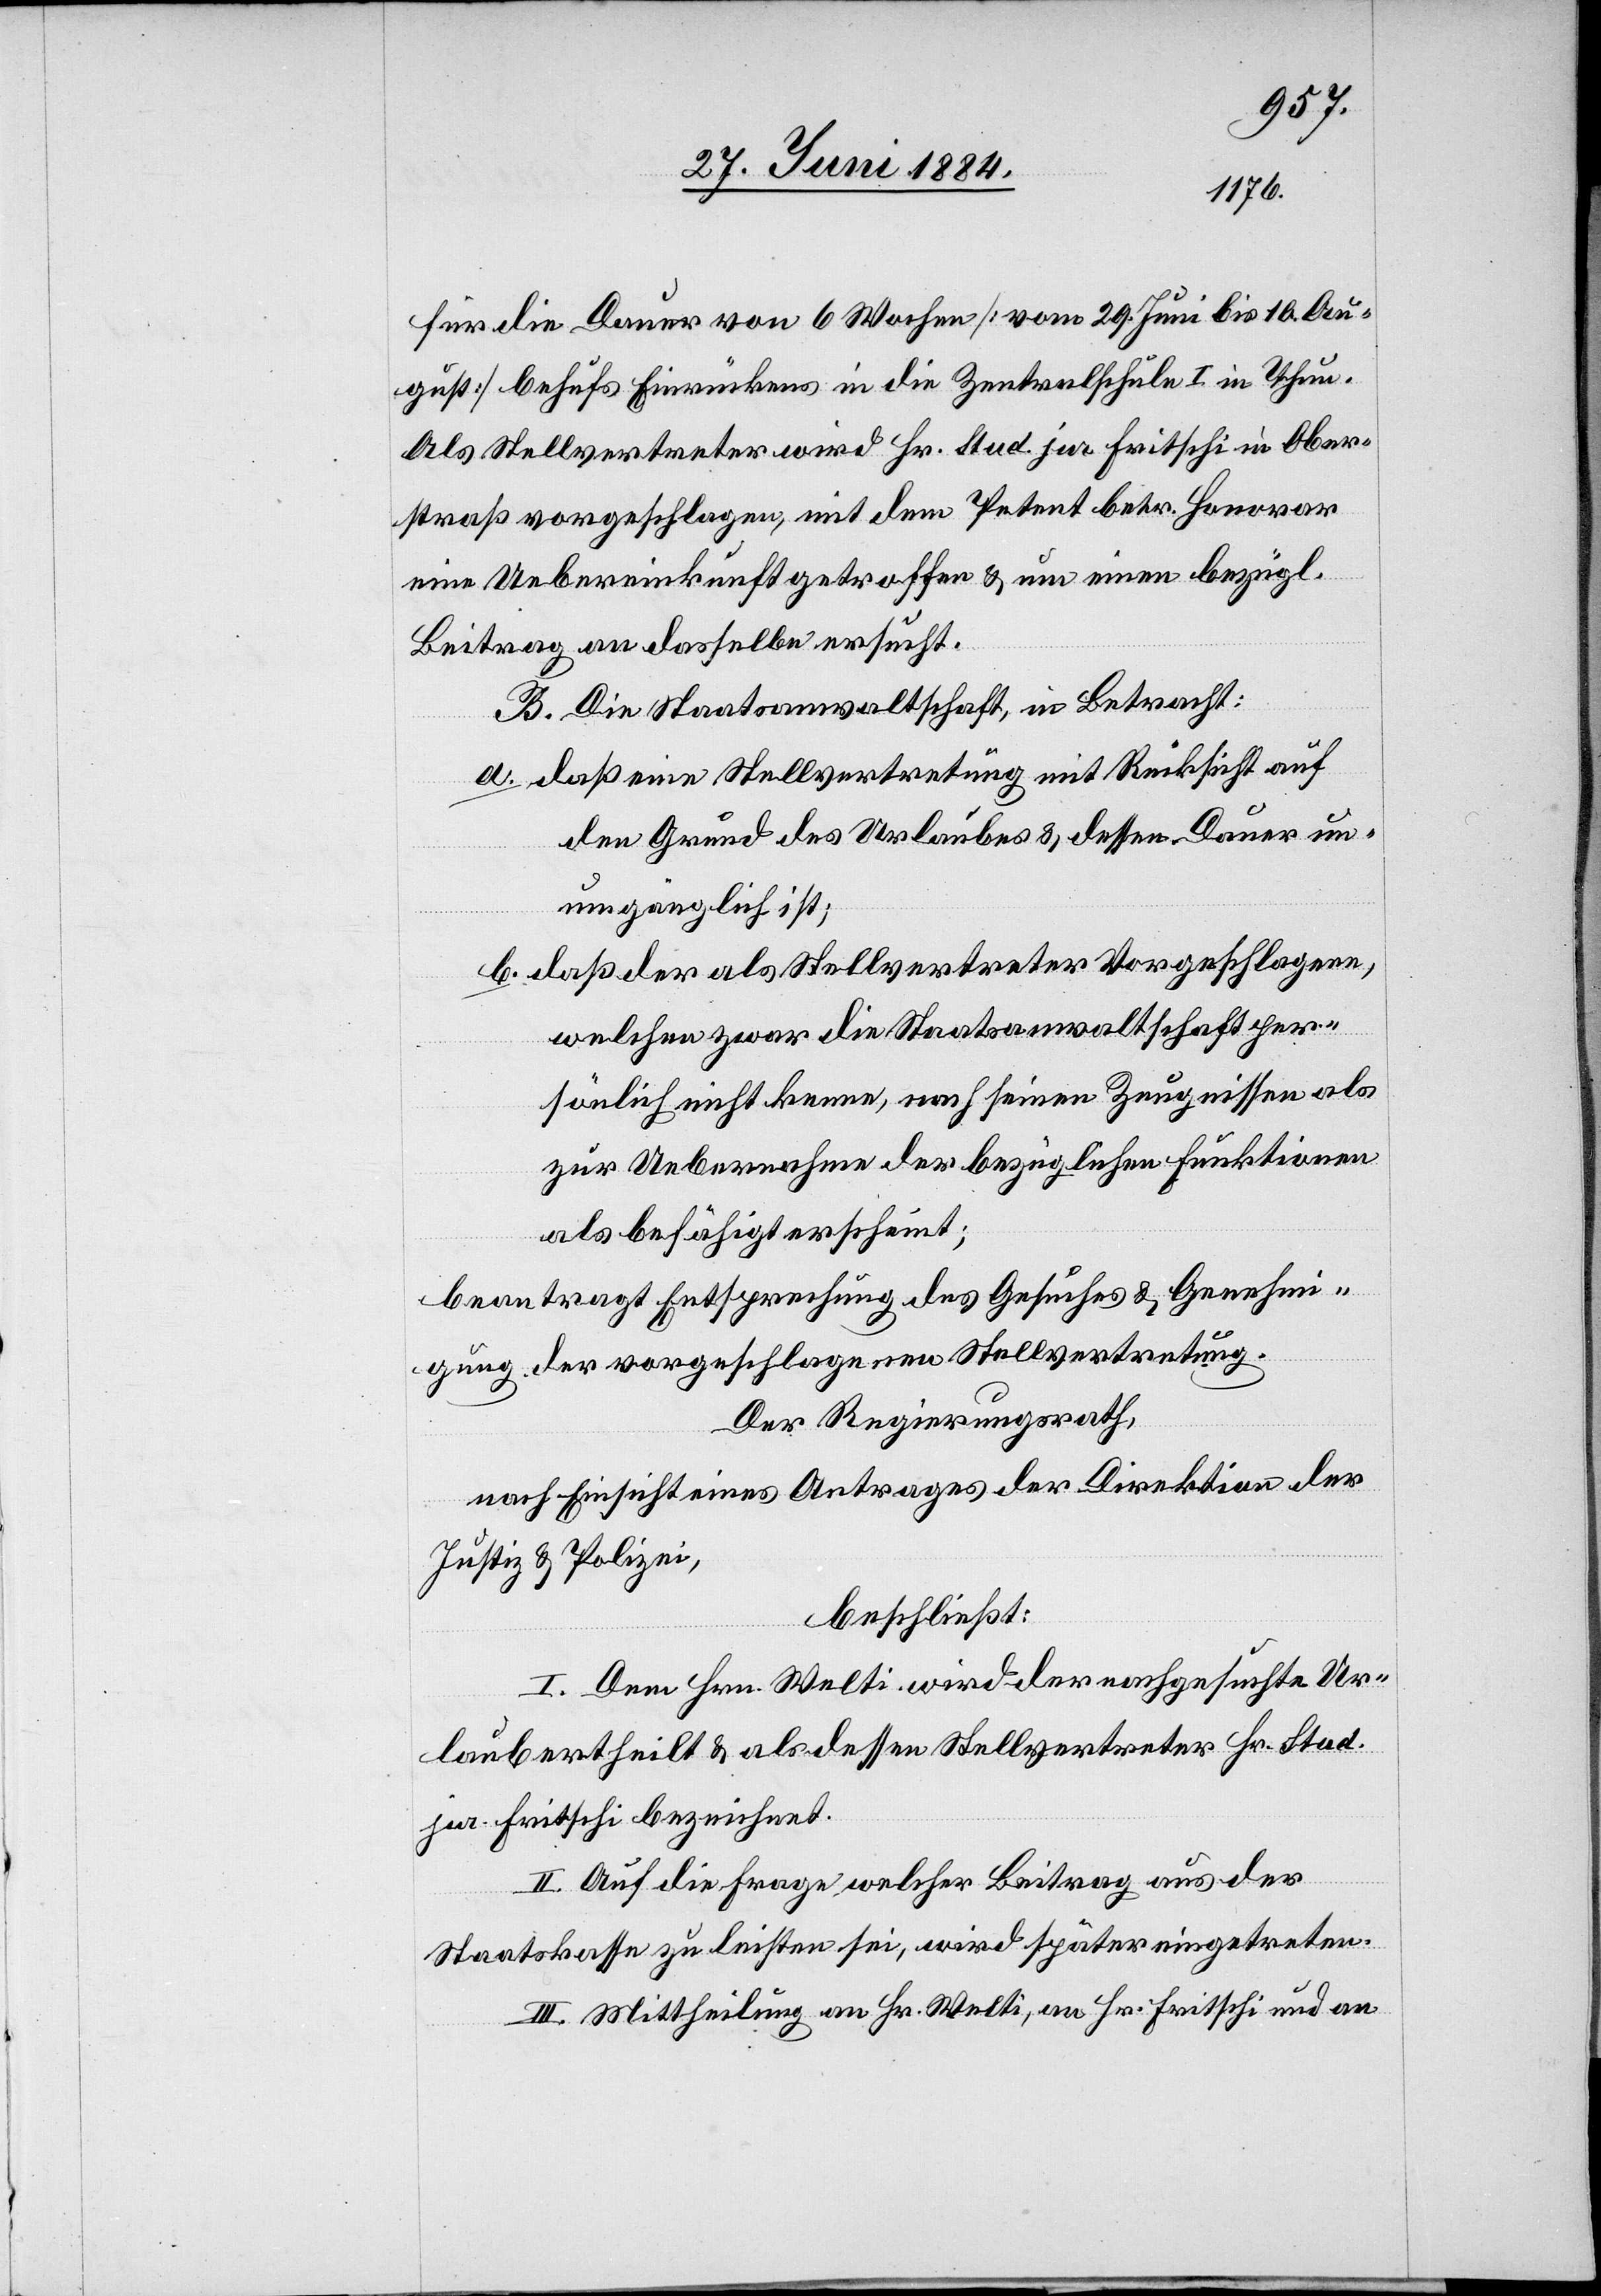
für die Dauer von 6 Wochen [vom 29. Juni bis 10. Au¬
gust] behufs Einrückens in die Zentralschule I in Thun.
Als Stellvertreter wird Hr. Stud. jur. Fritschi in Ober¬
straß vorgeschlagen, mit dem Petent betr. Honorar
eine Uebereinkunft getroffen & um einen bezügl.
Beitrag an dasselbe ersucht.
B. Die Staatsanwaltschaft in Betracht:
a. daß eine Stellvertretung mit Rücksicht auf
den Grund des Urlaubes & dessen Dauer un¬
umgänglich ist;
b. daß der als Stellvertreter Vorgeschlagene,
welchen zwar die Staatsanwaltschaft per¬
sönlich nicht kenne, nach seinen Zeugnissen als
zur Uebernahme der bezüglichen Funktionen
als befähigt erscheint;
beantragt Entsprechung des Gesuches & Genehmi¬
gung der vorgeschlagenen Stellvertretung.
Der Regierungsrath,
nach Einsicht eines Antrages der Direktion der
Justiz & Polizei,
beschließt:
I. Dem Hrn. Welti wird der nachgesuchte Ur¬
laub ertheilt & als dessen Stellvertreter Hr. Stud.
jur. Fritschi bezeichnet.
II. Auf die Frage, welcher Beitrag aus der
Staatskasse zu leisten sei, wird später eingetreten.
III. Mittheilung an Hr. Welti, an Hr. Fritschi und an